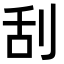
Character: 刮